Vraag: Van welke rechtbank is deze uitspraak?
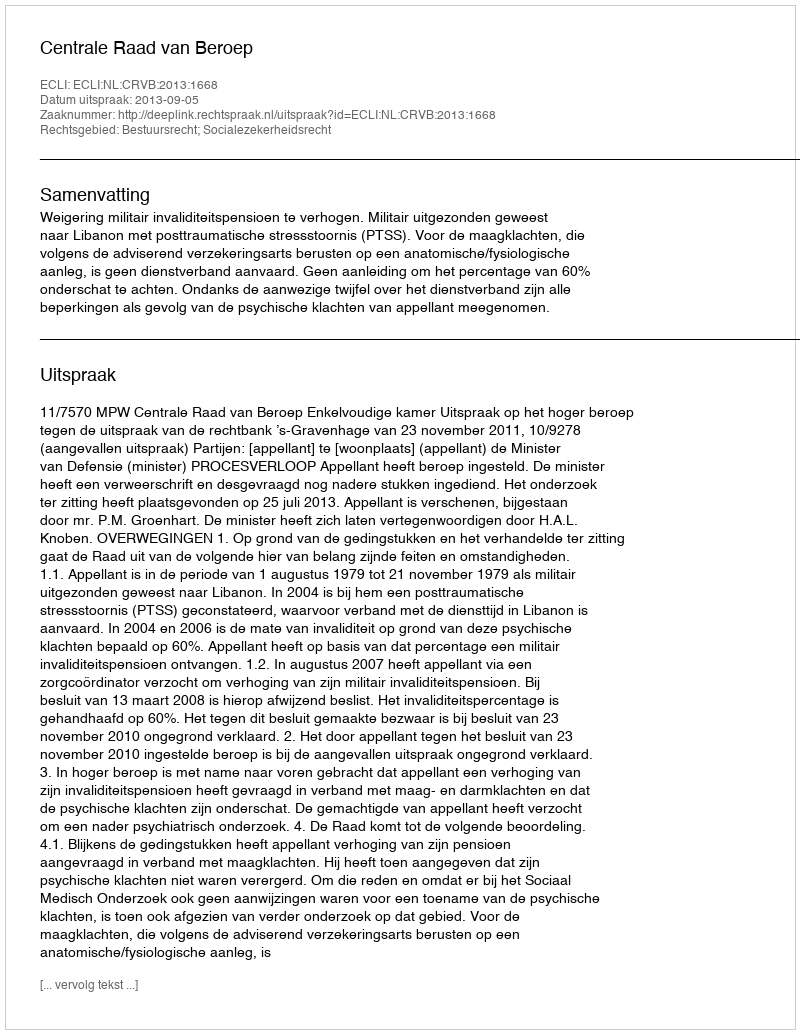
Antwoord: Centrale Raad van Beroep